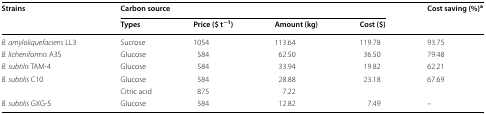
| <ROWSPAN=2> Strains | <COLSPAN=4> Carbon source | <ROWSPAN=2> Cost saving (%)a |
 | Types | Price ($ t−1) | Amount (kg) | Cost ($) |
 | --- | --- | --- | --- | --- | --- |
 | B. amyloliquefaciens LL3 | Sucrose | 1054 | 113.64 | 119.78 | 93.75 |
 | B. licheniformis A35 | Glucose | 584 | 62.50 | 36.50 | 79.48 |
 | B. subtilis TAM-4 | Glucose | 584 | 33.94 | 19.82 | 62.21 |
 | <ROWSPAN=2> B. subtilis C10 | Glucose | 584 | 28.88 | <ROWSPAN=2> 23.18 | <ROWSPAN=2> 67.69 |
 | Citric acid | 875 | 7.22 |
 | B. subtilis GXG-5 | Glucose | 584 | 12.82 | 7.49 | – |